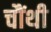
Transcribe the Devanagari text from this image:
चौंथी